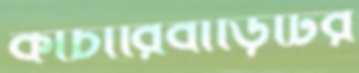
কাচারিবাড়িটির